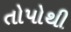
તોપોથી